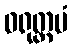
ဝရုတ္တမံ